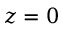
z = 0